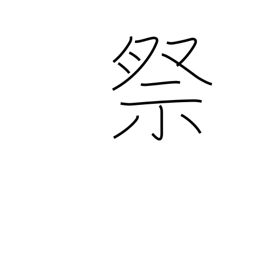
Meaning: worship